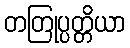
တတြုပ္ပတ္တိယာ